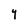
Character: Y